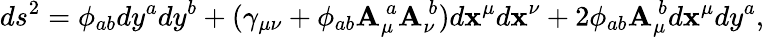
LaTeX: ds^{2}=\phi_{ab}dy^{a}dy^{b}+(\gamma_{\mu\nu}+\phi_{ab}\mathbf{A}_{\mu}^{\ a}\mathbf{A}_{\nu}^{\ b})d\mathbf{x}^{\mu}d\mathbf{x}^{\nu}+2\phi_{ab}\mathbf{A}_{\mu}^{\ b}d\mathbf{x}^{\mu}dy^{a},